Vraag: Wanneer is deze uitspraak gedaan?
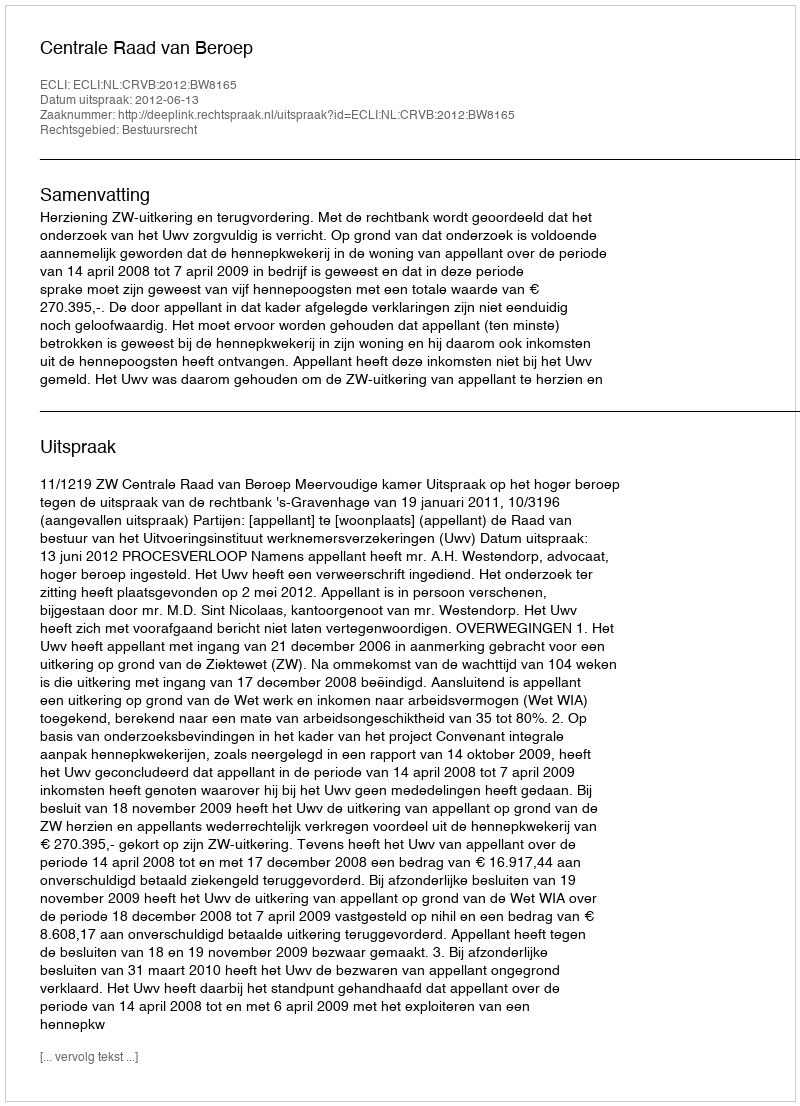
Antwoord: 2012-06-13